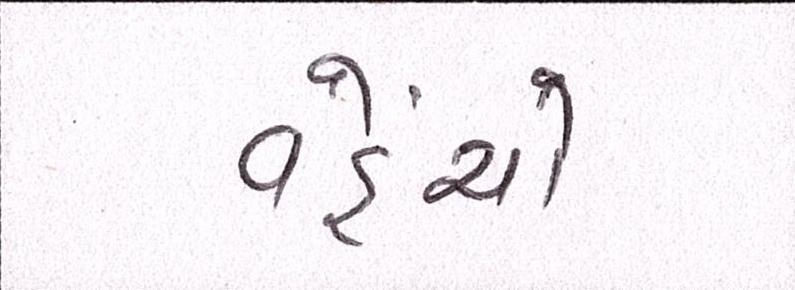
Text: વહેંચો